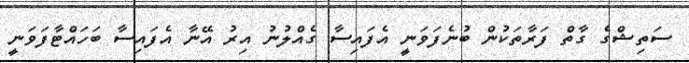
ސަތިޝްގެ ގާތް ފަރާތަކުން ބުނެފަވަނީ އެފައިސާ ގެއްލުނު އިރު އޭނާ އެފައިސާ ބަހައްޓާފަވަނީ